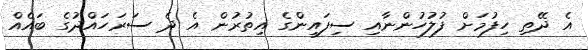
އެ ދޭތި ހިފުމަށް ފުލުހުންނާއި ސިފައިންގެ އިތުރުން އެ ދެ ސަރަހައްދުގެ ބައެއް